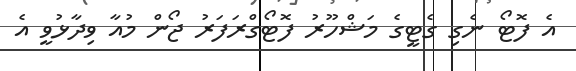
އެ ފޮޓޯ ނެގި ގެޓީގެ މަޝްހޫރު ފޮޓޯގްރަފަރު ޖޯން މުއާ ވިދާޅުވީ އެ